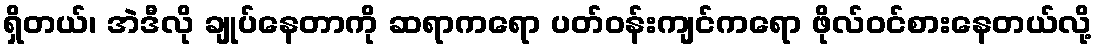
ရှိတယ်၊ အဲဒီလို ချုပ်နေတာကို ဆရာကရော ပတ်ဝန်းကျင်ကရော ဖိုလ်ဝင်စားနေတယ်လို့